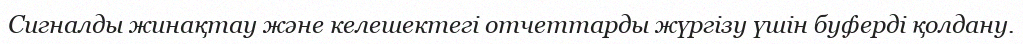
Сигналды жинақтау және келешектегі отчеттарды жүргізу үшін буферді қолдану.